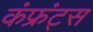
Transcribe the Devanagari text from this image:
कंफ्रंट्स